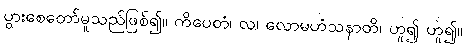
ပွားစေတော်မူသည်ဖြစ်၍။ ကိပေတံ၊ လ၊ လောမဟံသနာတိ၊ ဟူ၍ ဟူ၍။